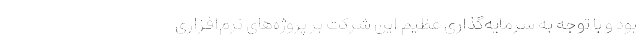
بود و با توجه به سرمایه‌گذاری عظیم این شرکت بر پروژه‌های نرم‌افزاری